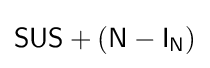
{\mathsf {SUS}}+({\mathsf {N}}-{\mathsf {I}}_{\mathsf {N}})